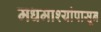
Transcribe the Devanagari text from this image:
मधमाश्यांपासून